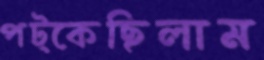
পট্‌কেছিলাম